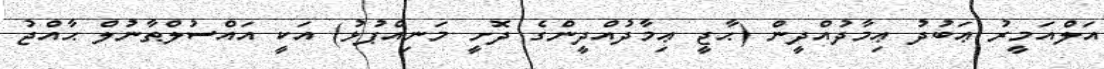
އަލްއަމީރު ޢަބުދު ޢިމާދުއްދީން (ޙާޖީ ޢިމާދުއްދީންގެ ދޮށީ މަނިއްޕުޅު) އަކީ އައްސުލްޠާނުލް ޙާއްޖު